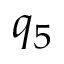
q _ { 5 }